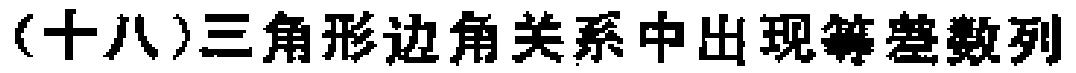
(十八)三角形边角关系中出现等差数列